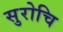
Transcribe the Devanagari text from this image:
सुरोचि